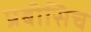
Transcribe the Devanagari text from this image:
प्रबीसिच